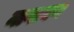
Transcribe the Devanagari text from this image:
नागायण